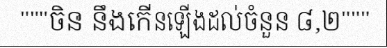
"""ចិន នឹងកើនឡើងដល់ចំនួន ៨,២"""